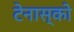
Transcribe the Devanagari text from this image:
टेनास्को